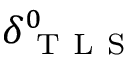
\delta _ { \mathrm { ~ T ~ L ~ S ~ } } ^ { 0 }